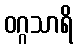
ဝဂ္ဂသာရိ